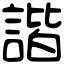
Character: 諧